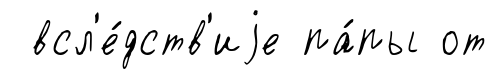
всл'е́дств'иjе па́пы от